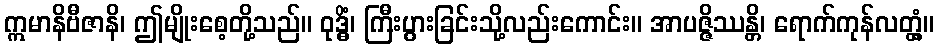
ဣမာနိဗီဇာနိ၊ ဤမျိုးစေ့တို့သည်။ ဝုဒ္ဓိံ၊ ကြီးပွားခြင်းသို့လည်းကောင်း။ အာပဇ္ဇိဿန္တိ၊ ရောက်ကုန်လတ္တံ့။